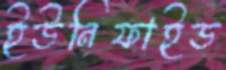
ইউনিফাইড